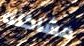
مشاكله